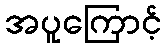
အပူကြောင့်